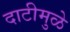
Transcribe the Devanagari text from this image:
दाटीमुळे